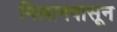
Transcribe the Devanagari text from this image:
मिलानपासून